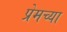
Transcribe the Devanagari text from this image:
प्रेमच्या